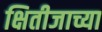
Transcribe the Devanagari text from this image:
क्षितीजाच्या